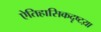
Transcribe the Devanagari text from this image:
ऐतिहासिकदृष्टय़ा